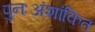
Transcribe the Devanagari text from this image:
पुनःअंशांकित